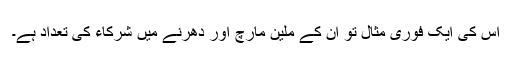
اس کی ایک فوری مثال تو اُن کے ملین مارچ اور دھرنے میں شرکاء کی تعداد ہے۔